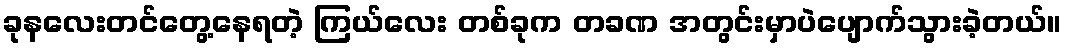
ခုနလေးတင်တွေ့နေရတဲ့ ကြယ်လေး တစ်ခုက တခဏ အတွင်းမှာပဲပျောက်သွားခဲ့တယ်။